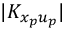
| K _ { x _ { p } u _ { p } } |